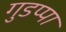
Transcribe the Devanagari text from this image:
गुडप्पा